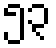
၅၃